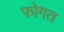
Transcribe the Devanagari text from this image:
फोगत